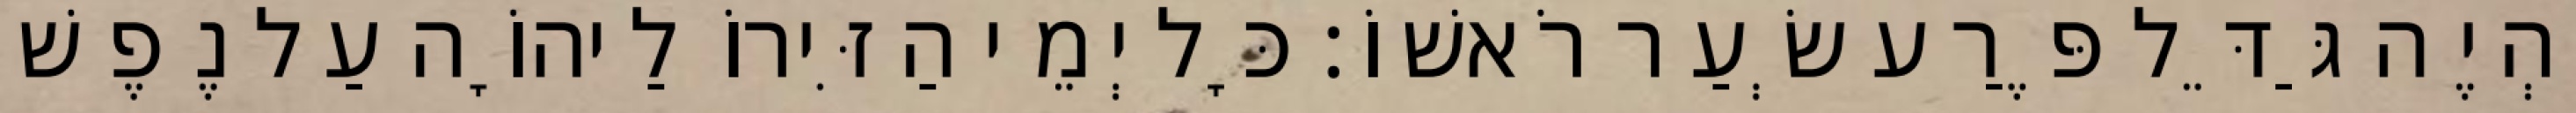
יִהְיֶה גַּדֵּל פֶּרַע שְׂעַר רֹאשׁוֹ׃ כָּל יְמֵי הַזִּירוֹ לַיהוָֹה עַל נֶפֶשׁ